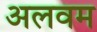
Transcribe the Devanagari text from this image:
अलवम